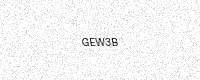
Text: GEW3B